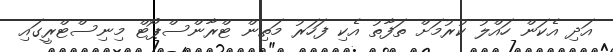
އަދި އެކަން ހައްލު ކުރުމަށް ތަފާތު އެކި ފަހަރު މަތިން ޓްރާންސްޕޯޓް މިިނިސްޓްރީގައި